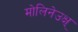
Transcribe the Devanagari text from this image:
मोलिनेउक्ष्